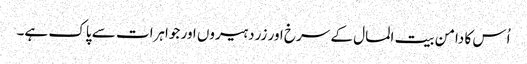
اُس کا دامن بیت المال کے سرخ اور زرد ہیروں اور جواہرات سے پاک ہے۔